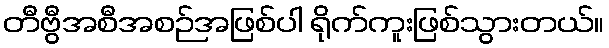
တီဗွီအစီအစဉ်အဖြစ်ပါ ရိုက်ကူးဖြစ်သွားတယ်။